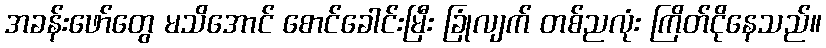
အခန်းဖော်တွေ မသိအောင် စောင်ခေါင်းမြီး ခြုံလျက် တစ်ညလုံး ကြိတ်ငိုနေသည်။